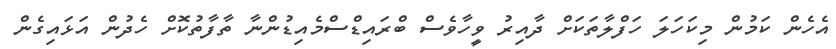
އެހެން ކަމުން މިކަހަލަ ހަފްލާތަކަށް ދާއިރު ވީހާވެސް ބްރައިޑްސްމެއިޑުންނާ ތާފާތުކޮށް ހެދުން އަޅައިގެން